Mental hospitals Bombay report 1921-28 - 1921-1928
Year: 1921
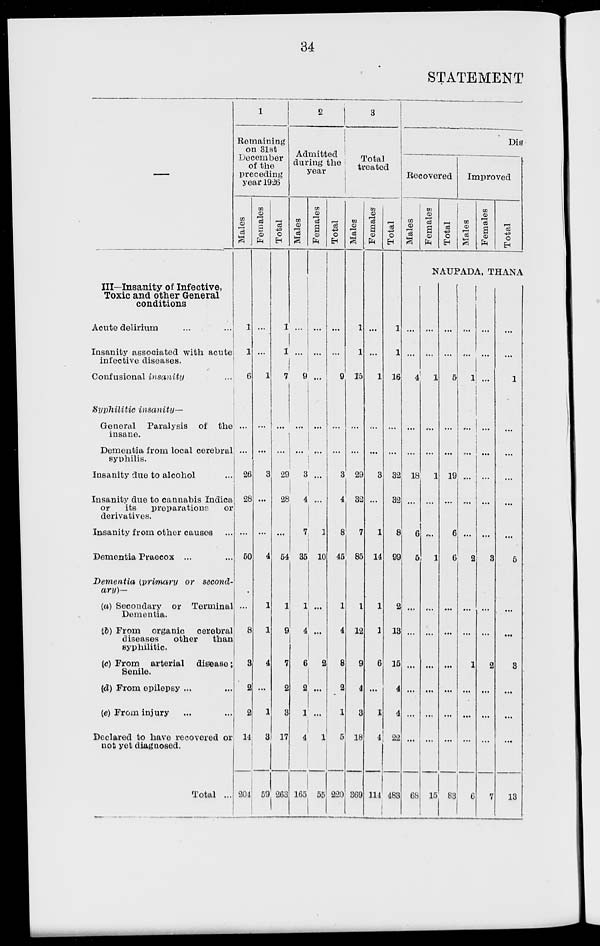
34
STATEMENT
—
III—Insanity of Infective,
Toxic and other General
conditions
Acute delirium ... ...
Insanity associated with acute
infective diseases.
Confusional insanity ...
Syphilitic
insanity—
General Paralysis of the
insane.
Dementia from local cerebral
syphilis.
Insanity due to alcohol ...
Insanity due to cannabis Indica
or
its
preparations
or
derivatives.
Insanity from other causes ...
Dementia Praecox ... ...
Dementia (primary or second-
ary)—
(a) Secondary or Terminal
Dementia.
(b) From organic
cerebral
diseases
other
than
syphilitic.
(c) From arterial
disease;
Senile.
(d) From epilepsy ... ...
(e) From injury ... ...
Declared to have recovered or
not yet diagnosed.
Total ...
1
Remaining
on 31st
December
of the
preceding
year 1926
Males
1
1
6
...
...
26
28
...
50
...
8
3
2
2
14
204
Females
...
...
1
...
...
3
...
...
4
1
1
4
...
1
3
59
Tot al
1
1
7
...
...
29
28
...
54
1
9
7
2
3
17
263
2
Admitted
during the
year
Males
...
...
9
...
...
3
4
7
35
1
4
6
2
1
4
165
Females
...
...
...
...
...
...
...
1
10
...
...
2
...
...
1
55
Total
...
...
9
...
...
3
4
8
45
1
4
8
2
1
5
220
3
Total
treated
Males
1
1
15
...
...
29
32
7
85
1
12
9
4
3
18
369
Females
...
...
1
...
...
3
...
1
14
1
1
6
...
1
4
114
Total
1
1
16
...
...
32
32
8
99
2
13
15
4
4
22
483
Dis
Recovered
Males
Females
Total
Improved
Males
Females
Total
NAUPADA, THANA
...
...
4
...
...
18
...
6
5
...
...
...
...
...
...
68
...
...
1
...
...
1
...
...
1
...
...
...
...
...
...
15
...
...
5
...
...
19
...
6
6
...
...
...
...
...
...
83
...
...
1
...
...
...
...
...
2
...
...
1
...
...
...
6
...
...
...
...
...
...
...
...
3
...
...
2
...
...
...
7
...
...
1
...
...
...
...
...
5
...
...
3
...
...
...
13